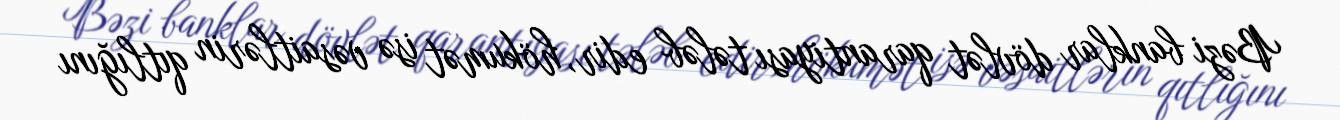
Bəzi banklar dövlət qarantiyası tələb edir, hökumət isə vəsaitlərin qıtlığını